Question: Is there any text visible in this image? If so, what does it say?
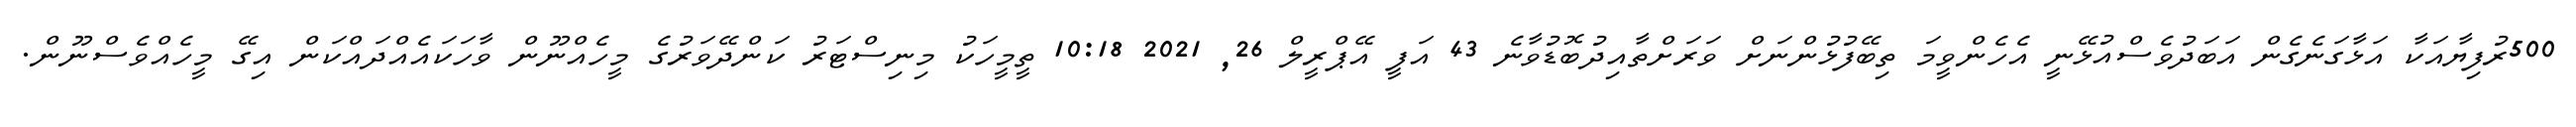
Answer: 500ރުފިޔާއަކާ އަޅާގަނެގެން އަބަދުވެސްއުޅޭނީ އެހެންވީމަ ތިބޭފުޅުންނަށް ވަރަށްތާއިދުބޮޑުވާނެ 43 އަފީ އޭޕްރީލް 26, 2021 10:18 ތީމީހަކު މިނިސްޓަރު ކަންދޭވަރުގެ މީހެއްނޫން ވާހަކައެއްދައްކަން އިގޭ މީހެއްވެސްނޫން.